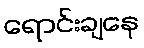
ရောင်းချနေ